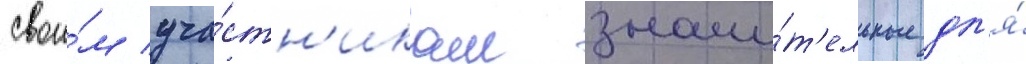
свои́м уча́стн'икам значи́т'ельные дл'я́